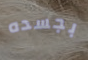
بجسده